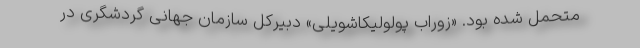
متحمل شده بود. «زوراب پولولیکاشویلی» دبیرکل سازمان جهانی گردشگری در